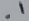
Text: .1